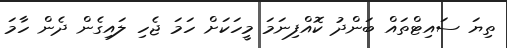
ތިޔަ ސައިޓްތައް ބަންދު ކޮއްފިނަމަ މީހަކަށް ހަމަ ޖެހި ލައިގެން ދެން ހާމަ